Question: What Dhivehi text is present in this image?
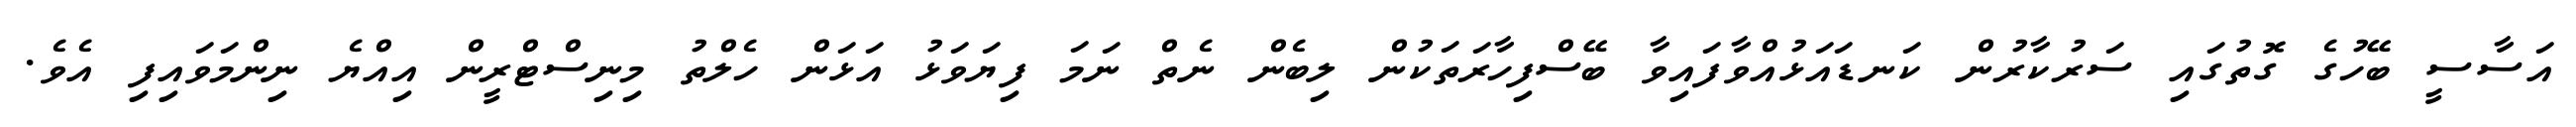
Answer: އަސާސީ ބޭހުގެ ގޮތުގައި ސަރުކާރުން ކަނޑައަޅުއްވާފައިވާ ބޭސްފިހާރަތަކުން ލިބެން ނެތް ނަމަ ފިޔަވަޅު އަޅަން ހެލްތު މިނިސްޓްރީން އިއްޔެ ނިންމަވައިފި އެވެ.